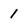
Character: 1